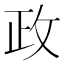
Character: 政